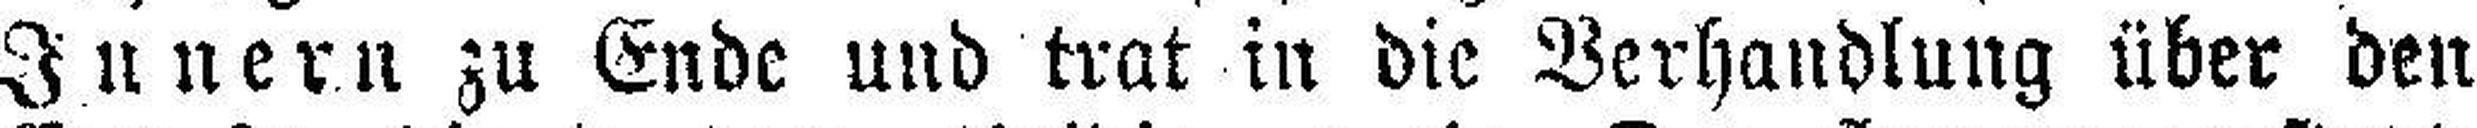
Innern zu Ende und trat in die Verhandlung über den